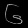
Digit: ၆